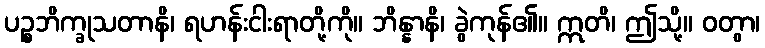
ပဉ္စဘိက္ခုသတာနိ၊ ရဟန်းငါးရာတို့ကို။ ဘိန္နာနိ၊ ခွဲကုန်၏။ ဣတိ၊ ဤသို့။ ဝတွာ၊